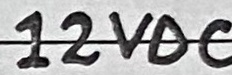
Text: 12VDC